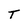
Character: T